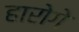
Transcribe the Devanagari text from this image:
हारोगे